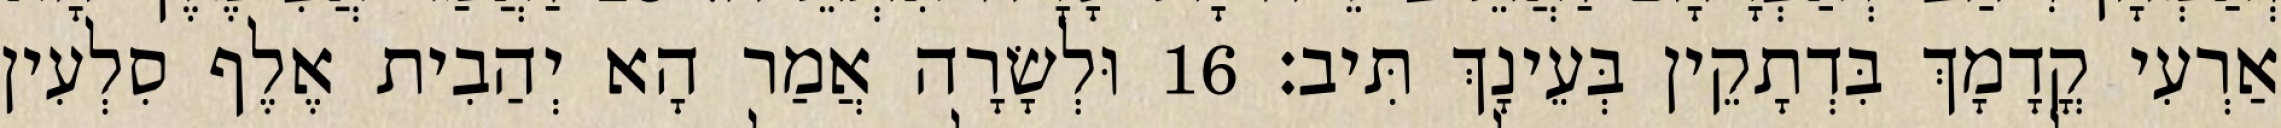
אַרְעִי קֳדָמָךְ בִּדְתָקֵין בְּעֵינָךְ תִּיב׃ 16 וּלְשָׂרָה אֲמַר הָא יְהַבִית אֶלֶף סִלְעִין